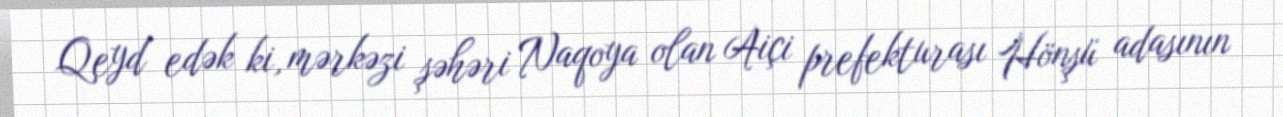
Qeyd edək ki, mərkəzi şəhəri Naqoya olan Aiçi prefekturası Hönşü adasının